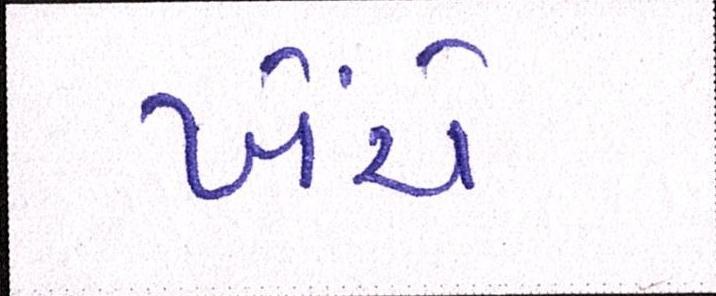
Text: ખેંચે